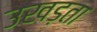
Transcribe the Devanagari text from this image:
उखड़ता